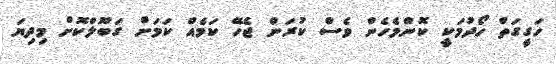
ހަގީގަތް ހޯދުމަކީ ކޮންމެހެން ވެސް ކުރަން ޖެހޭ ކަމެއް ކަމަށް ގަބޫލްކޮށް މިދިޔަ